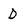
Character: D